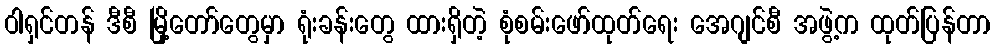
ဝါရှင်တန် ဒီစီ မြို့တော်တွေမှာ ရုံးခန်းတွေ ထားရှိတဲ့ စုံစမ်းဖော်ထုတ်ရေး အေဂျင်စီ အဖွဲ့က ထုတ်ပြန်တာ